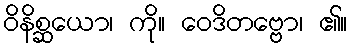
ဝိနိစ္ဆယော၊ ကို။ ဝေဒိတဗ္ဗော၊ ၏။